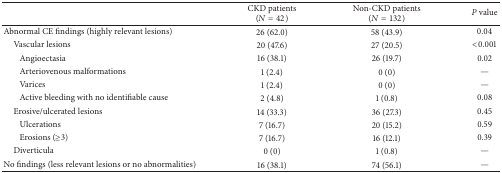
<table><thead><tr><td></td><td><b>CKD patients (<i>N</i> = 42)</b></td><td><b>Non-CKD patients (<i>N</i> = 132)</b></td><td><b><i>P</i> value</b></td></tr></thead><tbody><tr><td>Abnormal CE findings (highly relevant lesions)</td><td>26 (62.0)</td><td>58 (43.9)</td><td>0.04</td></tr><tr><td> Vascular lesions</td><td>20 (47.6)</td><td>27 (20.5)</td><td>&lt;0.001</td></tr><tr><td> Angioectasia</td><td>16 (38.1)</td><td>26 (19.7)</td><td>0.02</td></tr><tr><td> Arteriovenous malformations</td><td>1 (2.4)</td><td>0 (0)</td><td>—</td></tr><tr><td> Varices</td><td>1 (2.4)</td><td>0 (0)</td><td>—</td></tr><tr><td> Active bleeding with no identifiable cause</td><td>2 (4.8)</td><td>1 (0.8)</td><td>0.08</td></tr><tr><td> Erosive/ulcerated lesions</td><td>14 (33.3)</td><td>36 (27.3)</td><td>0.45</td></tr><tr><td> Ulcerations </td><td>7 (16.7)</td><td>20 (15.2)</td><td>0.59</td></tr><tr><td> Erosions (≥3)</td><td>7 (16.7)</td><td>16 (12.1)</td><td>0.39</td></tr><tr><td> Diverticula</td><td>0 (0)</td><td>1 (0.8)</td><td>—</td></tr><tr><td>No findings (less relevant lesions or no abnormalities)</td><td>16 (38.1)</td><td>74 (56.1)</td><td>—</td></tr></tbody></table>